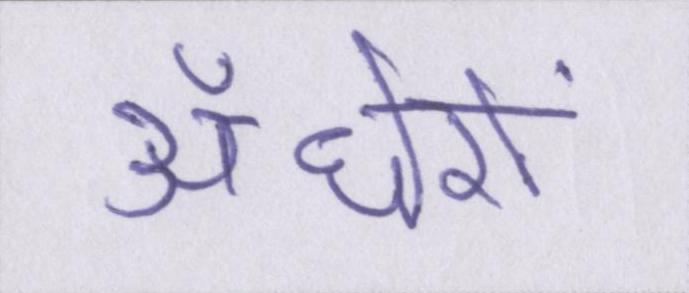
अँधेरों